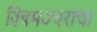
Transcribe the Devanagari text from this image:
विषमज्वराचा